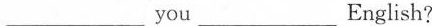
___you___English?